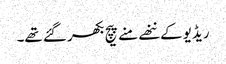
ریڈیو کے ننھے منے پیچ بکھر گئے تھے۔